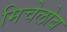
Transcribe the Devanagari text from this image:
मिचेलोब